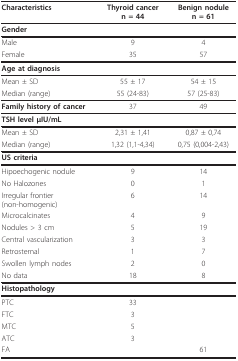
<table><thead><tr><td><b>Characteristics</b></td><td><b>Thyroid cancer n = 44</b></td><td><b>Benign nodule n = 61</b></td></tr></thead><tbody><tr><td><b>Gender</b></td><td></td><td></td></tr><tr><td>Male</td><td>9</td><td>4</td></tr><tr><td>Female</td><td>35</td><td>57</td></tr><tr><td><b>Age at diagnosis</b></td><td></td><td></td></tr><tr><td>Mean ± SD</td><td>55 ± 17</td><td>54 ± 15</td></tr><tr><td>Median (range)</td><td>55 (24-83)</td><td>57 (25-83)</td></tr><tr><td><b>Family history of cancer</b></td><td>37</td><td>49</td></tr><tr><td><b>TSH level μIU/mL</b></td><td></td><td></td></tr><tr><td>Mean ± SD</td><td>2,31 ± 1,41</td><td>0,87 ± 0,74</td></tr><tr><td>Median (range)</td><td>1,32 (1,1-4,34)</td><td>0,75 (0,004-2,43)</td></tr><tr><td><b>US criteria</b></td><td></td><td></td></tr><tr><td>Hipoechogenic nodule</td><td>9</td><td>14</td></tr><tr><td>No Halozones</td><td>0</td><td>1</td></tr><tr><td>Irregular frontier (non-homogenic)</td><td>6</td><td>14</td></tr><tr><td>Microcalcinates</td><td>4</td><td>9</td></tr><tr><td>Nodules &gt; 3 cm</td><td>5</td><td>19</td></tr><tr><td>Central vascularization</td><td>3</td><td>3</td></tr><tr><td>Retrosternal</td><td>1</td><td>7</td></tr><tr><td>Swollen lymph nodes</td><td>2</td><td>0</td></tr><tr><td>No data</td><td>18</td><td>8</td></tr><tr><td><b>Histopathology</b></td><td></td><td></td></tr><tr><td>PTC</td><td>33</td><td></td></tr><tr><td>FTC</td><td>3</td><td></td></tr><tr><td>MTC</td><td>5</td><td></td></tr><tr><td>ATC</td><td>3</td><td></td></tr><tr><td>FA</td><td></td><td>61</td></tr></tbody></table>